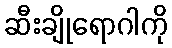
ဆီးချိုရောဂါကို